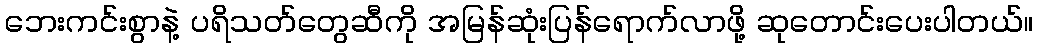
ဘေးကင်းစွာနဲ့ ပရိသတ်တွေဆီကို အမြန်ဆုံးပြန်ရောက်လာဖို့ ဆုတောင်းပေးပါတယ်။